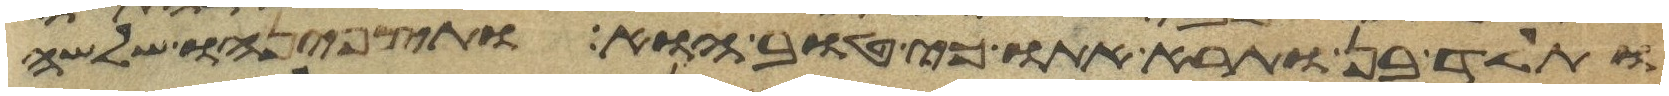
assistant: ותלד בן ותרא אתו כי טוב הוא ותצפנהו שלשה